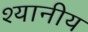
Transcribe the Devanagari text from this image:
श्यानीय